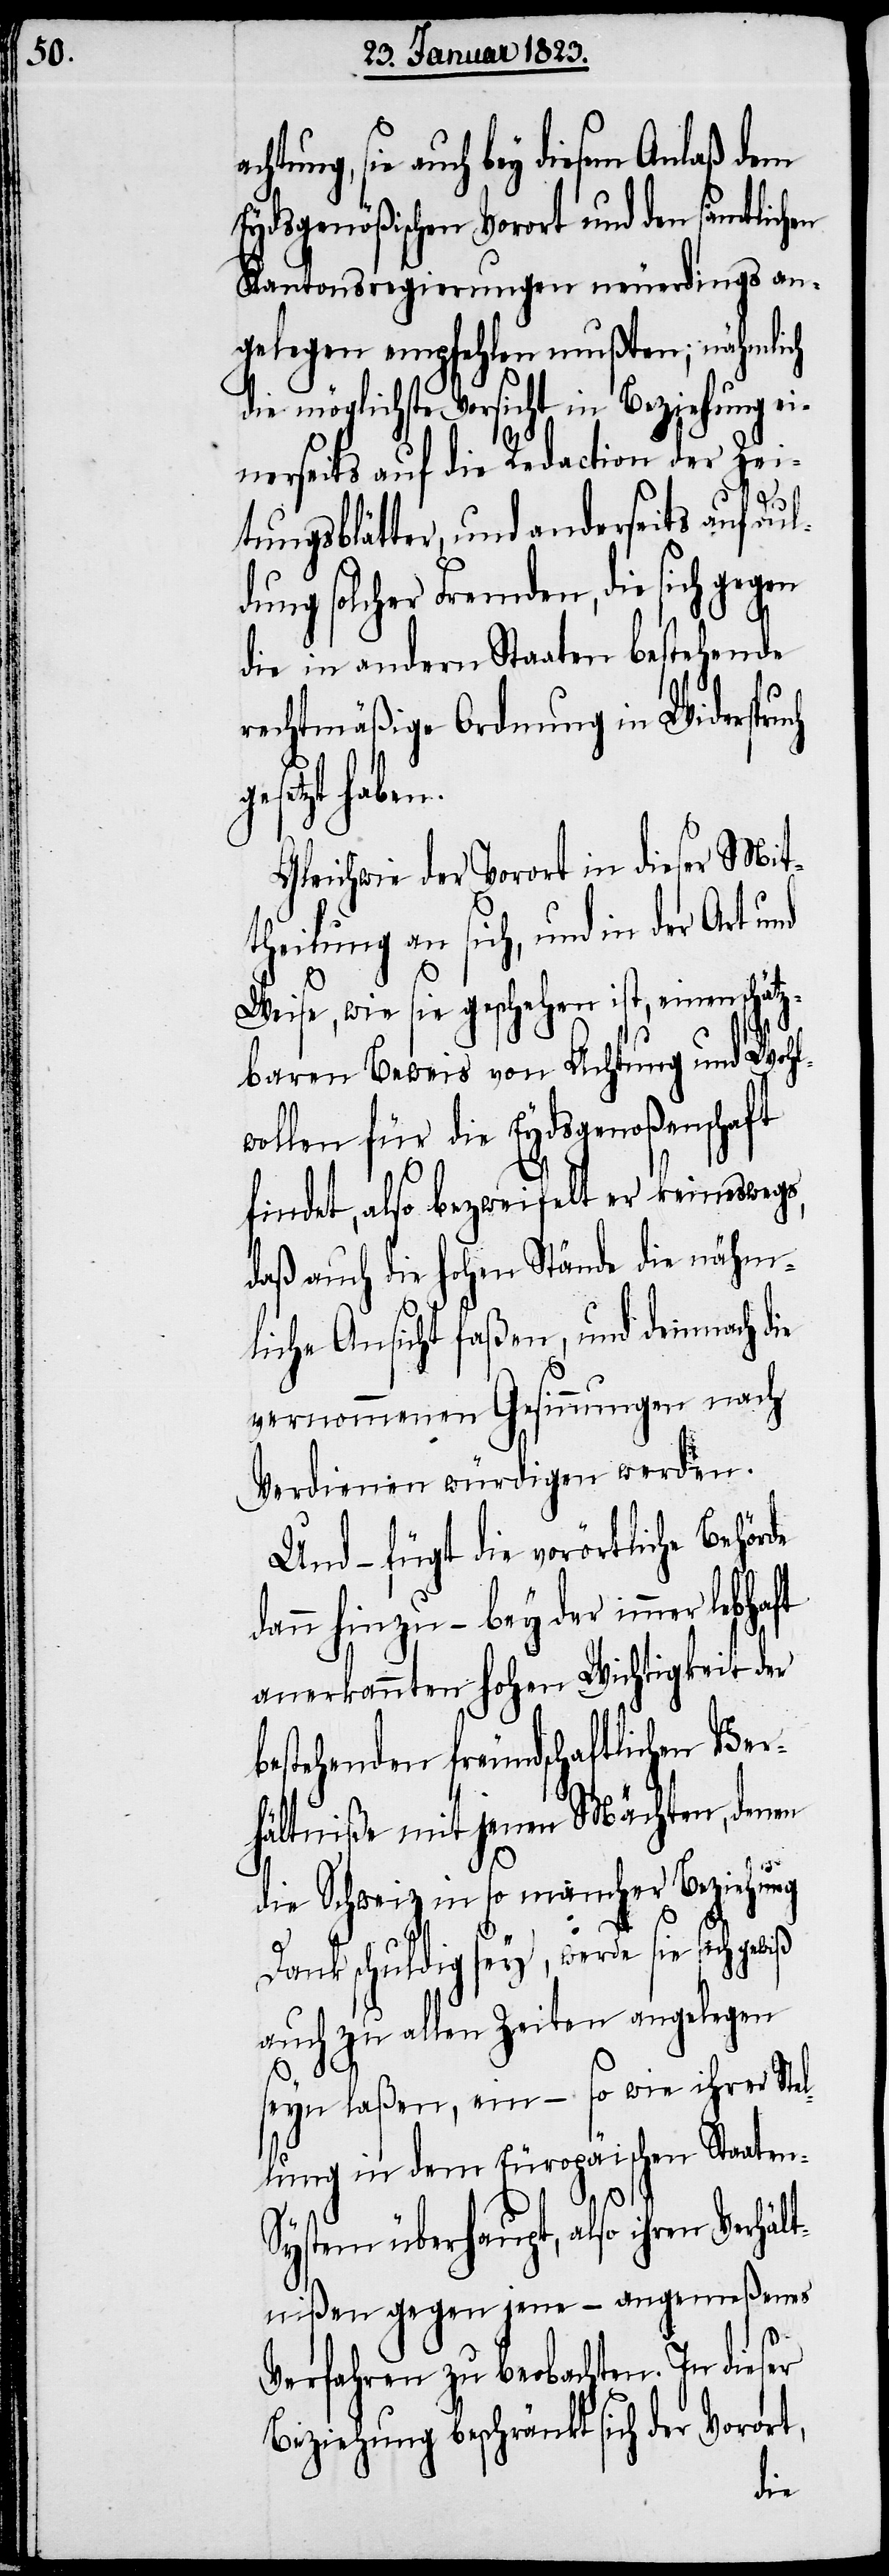
sie auch bey diesem Anlaß dem
Eydsgenößischen Vorort und den sämtlichen
Kantonsregierungen neuerdings an¬
gelegen empfehlen mußten; nähmlich
die möglichste Vorsicht in Beziehung ei¬
nerseits auf die Redaction der Zei¬
ge¬
tungsblätter, und anderseits auf Dul¬
dung solcher Fremden, die sich gegen
die in andern Staaten bestehende
rechtmäßige Ordnung in Widerspru¬
schätz¬
Gleichwie der Vorort in dieser Mit¬
theilung an sich, und in der Art und
Weise, wie sie geschehen ist, einen
baren Beweis von Achtung und Wohl¬
wollen für die Eydsgenoßenschaft
findet, also bezweifelt er keineswegs,
daß auch die hohen Stände die nähm¬
liche Ansicht faßen, und demnach die
vernommenen Gesinnungen nach
Verdienen würdigen werden.
Und – fügt die vorörtliche Behör¬
dann hinzu – bey der immer
anerkannten hohen Wichtigkeit der
bestehenden freundschaftlichen Ver¬
hältniße mit jenen Mächten, denen
die Schweiz in so mancher Beziehung
Dank schuldig sey, werde sie sich
auch zu allen Zeiten angelegen
seyn laßen, ein – so wie ihrer Stel¬
lung in dem Europäischen Staaten-S¬
ystem überhaupt, also ihren Verhä¬
ltnißen gegen jene – angemeßenes
Verfahren zu beobachten. In dieser
Beziehung beschränkt sich der Vorort,
de